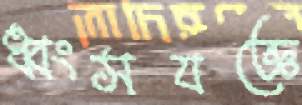
ধ্বংসযজ্ঞে